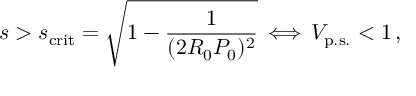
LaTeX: s > s _ { \mathrm { c r i t } } = \sqrt { 1 - { \frac { 1 } { ( 2 R _ { 0 } P _ { 0 } ) ^ { 2 } } } } \, \Longleftrightarrow \, V _ { \mathrm { p . s . } } < 1 \, ,